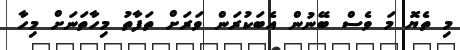
މި ތެޔޮ މަ ވެސް ބޭނުން އެބަކުރަން ވަރަށް ތަފާތު މިހާތަނަށް މިހާ